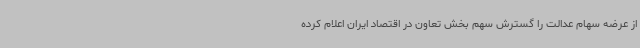
از عرضه سهام عدالت را گسترش سهم بخش تعاون در اقتصاد ایران اعلام کرده‌